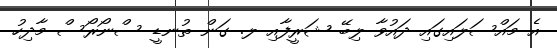
އެ މައްސަލައިގައި ދައުވާ ލިބޭ ޝަރީފާއި ލ. ގަން ތުނޑީ ސްނޯރޯސް މާދިހު